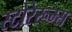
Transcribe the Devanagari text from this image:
स्टोरेरूम्स